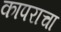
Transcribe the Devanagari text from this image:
कापराचा